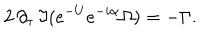
2 \, \partial _ { \tau } \, \Im ( e ^ { - U } e ^ { - i \alpha } \Omega ) = - \Gamma .